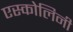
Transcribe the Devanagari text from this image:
एस्कोलिनी